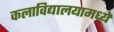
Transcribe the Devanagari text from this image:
कलाविद्यालयामध्ये